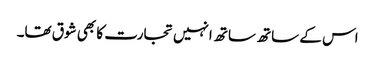
اس کے ساتھ ساتھ انہیں تجارت کا بھی شوق تھا۔